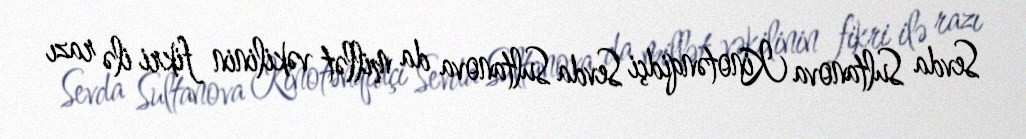
Sevda Sultanova Kinotənqidçi Sevda Sultanova da millət vəkilinin fikri ilə razı